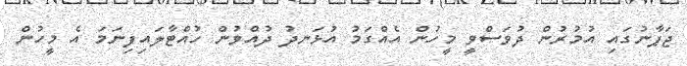
ޖަޕާނުގައި އުމުރުން ދުވަސްވީ މީހުން އެއްގަމު އުޅަނދު ދުއްވުން ހުއްޓާލައިފިނަމަ އެ މީހުން